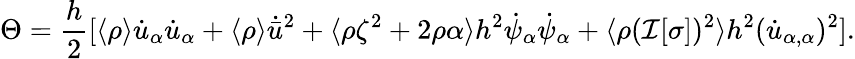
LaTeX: \Theta=\frac{h}{2}[\langle\rho\rangle\dot{u}_{\alpha}\dot{u}_{\alpha}+\langle\rho\rangle\dot{\bar{u}}^{2}+\langle\rho\zeta^{2}+2\rho\alpha\rangle h^{2}\dot{\psi}_{\alpha}\dot{\psi}_{\alpha}+\langle\rho(\mathcal{I}[\sigma])^{2}\rangle h^{2}(\dot{u}_{\alpha,\alpha})^{2}].